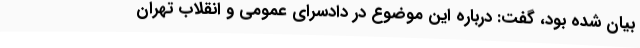
بیان شده بود، گفت: درباره این موضوع در دادسرای عمومی و انقلاب تهران